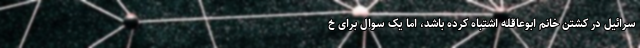
سرائیل در کشتن خانم ابوعاقله اشتباه کرده باشد، اما یک سوال برای خ